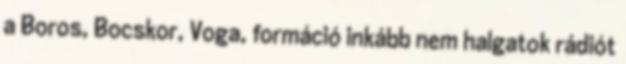
a Boros, Bocskor, Voga, formáció inkább nem halgatok rádiót